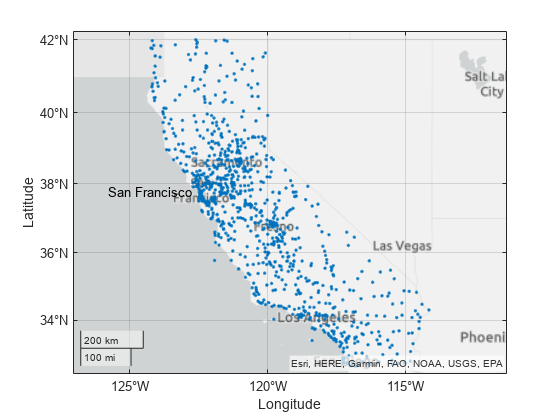
matlab, geoscatter